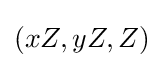
(xZ,yZ,Z)